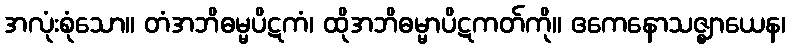
အလုံးစုံသော။ တံအဘိဓမ္မပိဋကံ၊ ထိုအဘိဓမ္မာပိဋကတ်ကို။ ဧကေနောသဇ္ဈာယေန၊